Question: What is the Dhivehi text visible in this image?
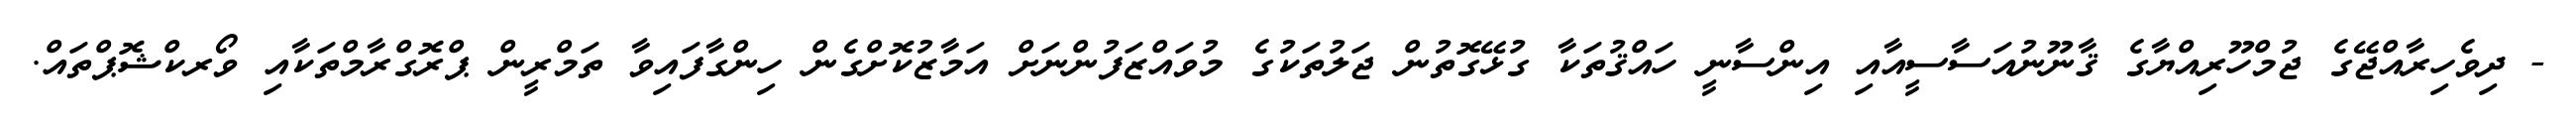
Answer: - ދިވެހިރާއްޖޭގެ ޖުމްހޫރިއްޔާގެ ޤާނޫނުއަސާސީއާއި އިންސާނީ ހައްޤުތަކާ ގުޅޭގޮތުން ޖަލުތަކުގެ މުވައްޒަފުންނަށް އަމާޒުކޮށްގެން ހިންގާފައިވާ ތަމްރީން ޕްރޮގްރާމްތަކާއި ވޯރކްޝޮޕްތައް.